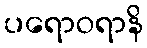
ပရောဝရာနိ